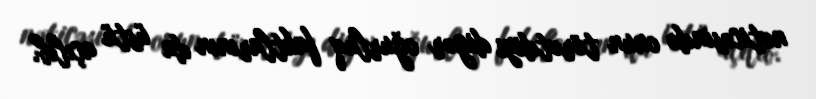
nəticəsində onun törətdiyi digər oğurluq faktlarının da üstü açılıb.